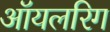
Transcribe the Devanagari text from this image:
ऑयलरिग